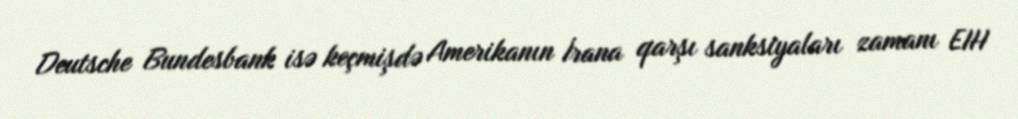
Deutsche Bundesbank isə keçmişdə Amerikanın İrana qarşı sanksiyaları zamanı EIH